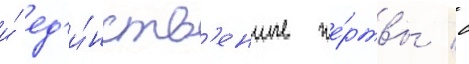
и́ ед'и́нств'енные же́ртвы с